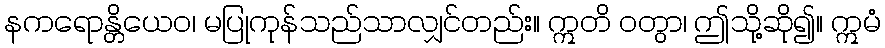
နကရောန္တိယေဝ၊ မပြုကုန်သည်သာလျှင်တည်း။ ဣတိ ဝတွာ၊ ဤသို့ဆို၍။ ဣမံ